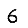
Digit: 6